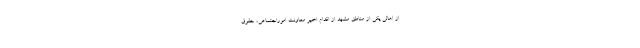
از اهالی یکی از مناطق مشهد از اقدام اخیر معاونت اموراجتماعی، حقوق